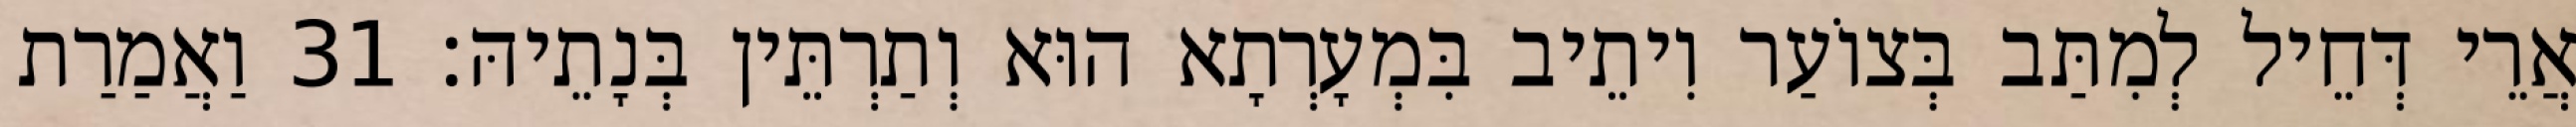
אֲרֵי דְּחֵיל לְמִתַּב בְּצוֹעַר וִיתֵיב בִּמְעָרְתָא הוּא וְתַרְתֵּין בְּנָתֵיהּ׃ 31 וַאֲמַרַת